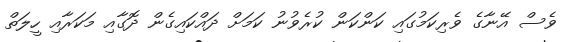
ވެސް އޭނާގެ ވެރިކަމުގައި ކަންކަން ކުރެވުނު ކަމަށް ދައްކައިގެން ދޮގާއި މަކަރާއި ހީލަތް